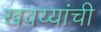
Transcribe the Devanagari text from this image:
खवय्यांची